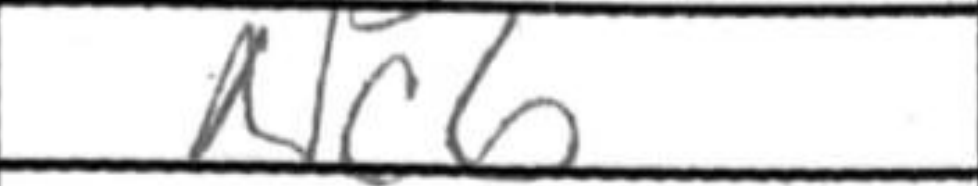
Transcription: Nc6